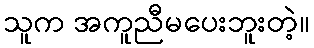
သူက အကူညီမပေးဘူးတဲ့။